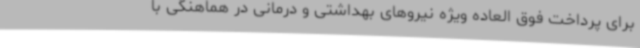
برای پرداخت فوق العاده ویژه نیروهای بهداشتی و درمانی در هماهنگی با